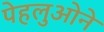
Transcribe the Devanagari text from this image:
पेहलुओने